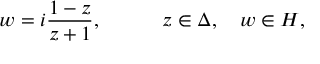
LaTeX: w = i { \frac { 1 - z } { z + 1 } } , \quad \qquad z \in \Delta , \quad w \in H ,